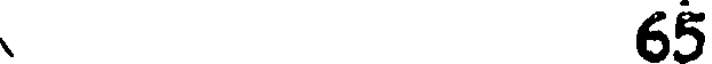
65